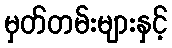
မှတ်တမ်းများနှင့်